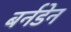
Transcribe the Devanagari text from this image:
बर्नडेन